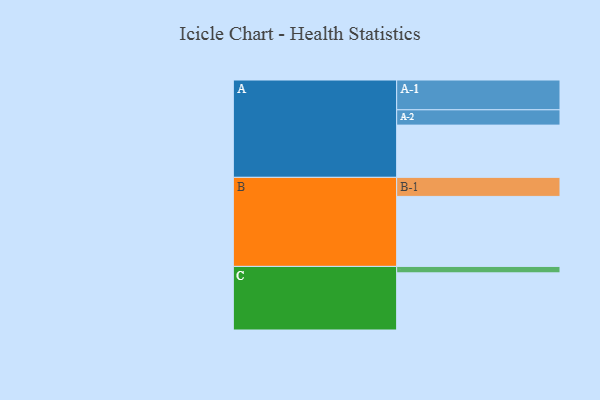
{"axis": {"x": "Segment", "y": "Value"}, "legend": ["", "A", "B", "C"], "data": [{"x": "A", "y": 447, "type": ""}, {"x": "B", "y": 599, "type": ""}, {"x": "C", "y": 489, "type": ""}, {"x": "A-1", "y": 255, "type": "A"}, {"x": "A-2", "y": 131, "type": "A"}, {"x": "B-1", "y": 163, "type": "B"}, {"x": "C-1", "y": 55, "type": "C"}]}